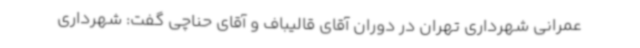
عمرانی شهرداری تهران در دوران آقای قالیباف و آقای حناچی گفت: شهرداری